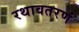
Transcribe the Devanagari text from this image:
रथावतरणं